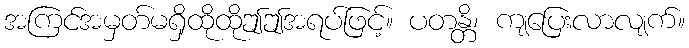
အကြင်အမှတ်မရှိထိုထိုဤဤအရပ်ဖြင့်။ ပတန္တိ၊ ကျပြေးလာလျက်။